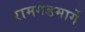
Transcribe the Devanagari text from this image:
रामगडमार्गे